Insane asylums in Bengal annual reports 1867-1875 - 1867-1875
Year: 1867
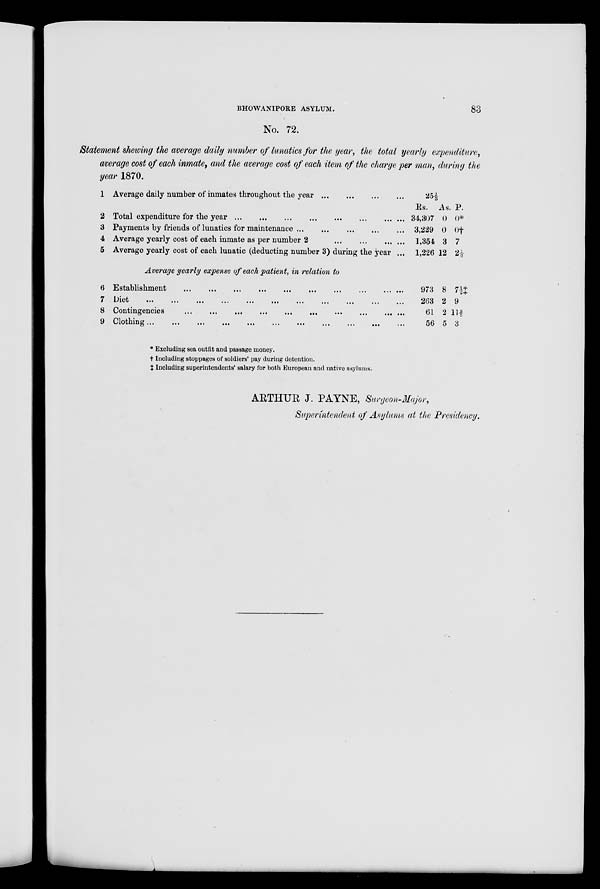
BHOWANIPORE ASYLUM.
83
No. 72.
Statement showing the average daily number of lunatics for the year, the total yearly expenditure,
average cost of each inmate, and the average cost of each item of the Charge per man, during the
year 1870.
1
2
3
4
5
6
7
8
9
Average daily number of inmates throughout the year
...
...
...
...
Total expenditure for the year ... ... ... ... ... ... ... ... ... ...
Payments by friends of lunatics for maintenance
...
...
...
...
...
Average yearly cost of each inmate as per number 2 ... ... ... ... ...
Average yearly cost of each lunatic (deducting number 3) during the year ...
Average yearly expense of each patient, in relation to
Establishment ... ... ... ... ... ... ... ... ... ... ... ... ... ...
Diet ... ... ... ... ... ... ... ... ... ... ... ... ... ... ... ...
Contingencies ... ... ... ... ... ... ... ... ... ... ... ... ... ...
Clothing ... ... ... ... ... ... ... ... ... ... ... ... ... ... ...
25⅓
Rs.
34,307
3,229
1,354
1,226
As.
0
0
3
12
P.
0*
0†
7
2½
973
263
61
56
8
2
2
5
7½‡
9
11 2/5
3
* Excluding sea outfit and passage money.
† Including stoppages of soldiers' pay during detention.
‡ Including superintendents' salary for both European and native asylums.
ARTHUR J. PAYNE, Surgeon-Major,
Superintendent of Asylums at the Presidency.